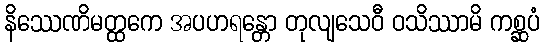
နိဿေဏိမတ္ထကေ အပဟရန္တော တုလျသေဝီ ဝသိဿာမိ ကစ္ဆပံ